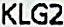
KLG2